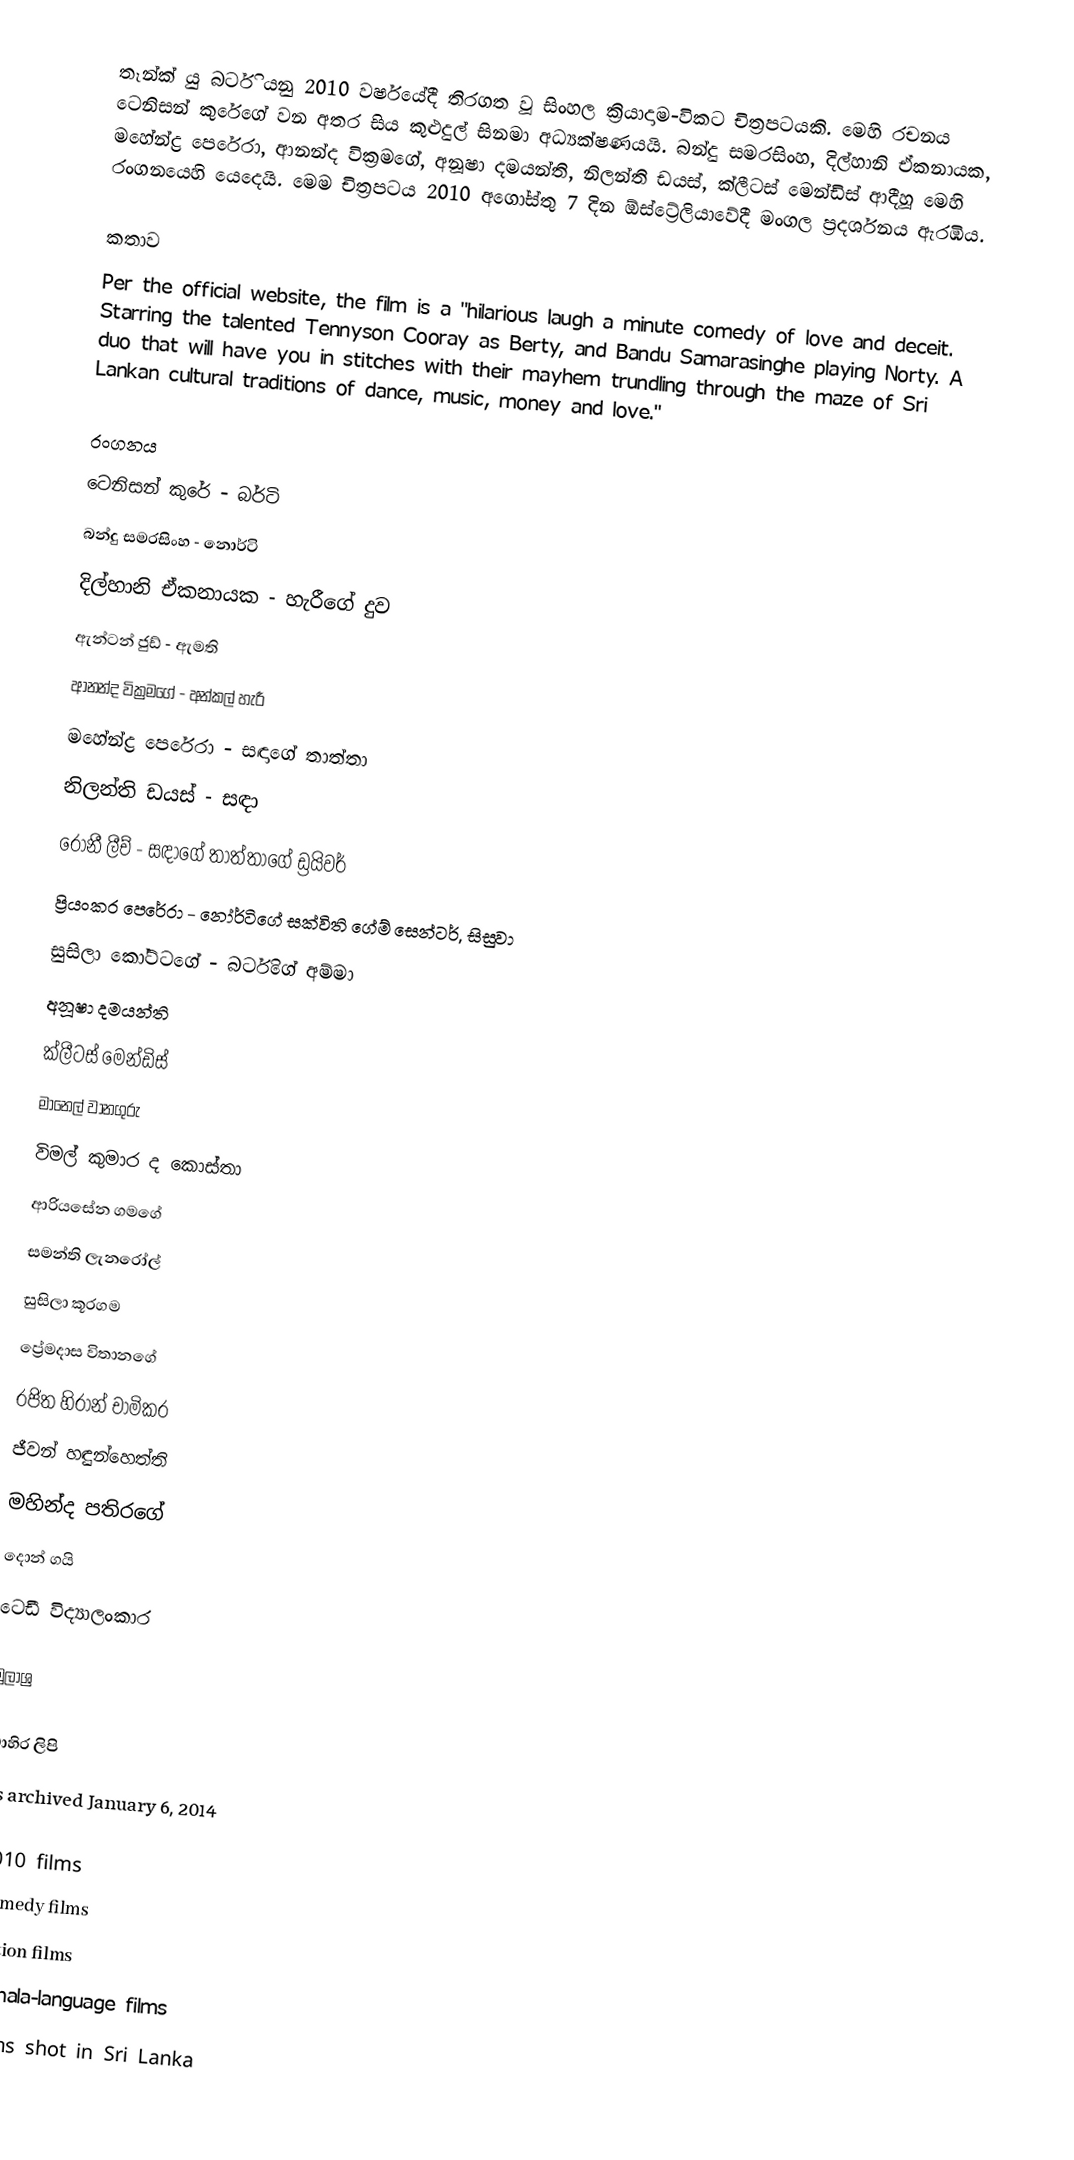
තෑන්ක් යු බර්ටි යනු 2010 වර්ෂයේදී තිරගත වූ සිංහල ක්‍රියාදාම-විකට චිත්‍රපටයකි. මෙහි රචනය ටෙනිසන් කුරේගේ වන අතර සිය කුළුදුල් සිනමා අධ්‍යක්ෂණයයි. බන්දු සමරසිංහ, දිල්හානි ඒකනායක, මහේන්ද්‍ර පෙරේරා, ආනන්ද වික්‍රමගේ, අනූෂා දමයන්ති, නිලන්ති ඩයස්, ක්ලීටස් මෙන්ඩිස් ආදීහූ මෙහි රංගනයෙහි යෙදෙයි. මෙම චිත්‍රපටය 2010 අගෝස්තු 7 දින ඕස්ට්‍රේලියාවේදී මංගල ප්‍රදර්ශනය ඇරඹීය.

කතාව
Per the official website, the film is a "hilarious laugh a minute comedy of love and deceit. Starring the talented Tennyson Cooray as Berty, and Bandu Samarasinghe playing Norty. A duo that will have you in stitches with their mayhem trundling through the maze of Sri Lankan cultural traditions of dance, music, money and love."

රංගනය
 ටෙනිසන් කුරේ - බර්ටි
 බන්දු සමරසිංහ - නොර්ටි
 දිල්හානි ඒකනායක - හැරීගේ දුව
 ඇන්ටන් ජුඩ් - ඇමති
 ආනන්ද වික්‍රමගේ - අන්කල් හැරී
 මහේන්ද්‍ර පෙරේරා - සඳාගේ තාත්තා
 නිලන්ති ඩයස් - සඳා
 රොනී ලීච් - සඳාගේ තාත්තාගේ ඩ්‍රයිවර්
 ප්‍රියංකර පෙරේරා - නෝර්ටිගේ සක්විති ගේම් සෙන්ටර්, සිසුවා
 සුසිලා කෝට්ටගේ - බර්ටිගේ අම්මා
 අනූෂා දමයන්ති
 ක්ලීටස් මෙන්ඩිස්
 මානෙල් වානගුරු
 විමල් කුමාර ද කොස්තා
 ආරියසේන ගමගේ
 සමන්ති ලැනරෝල්
 සුසිලා කූරගම
 ප්‍රේමදාස විතානගේ
 රජිත හිරාන් චාමිකර
 ජීවන් හඳුන්හෙත්ති
 මහින්ද පතිරගේ
 දොන් ගයි
 ටෙඩී විද්‍යාලංකාර

මුලාශ්‍ර

බාහිර ලිපි
  as archived January 6, 2014

2010 films
Comedy films
Action films
Sinhala-language films
Films shot in Sri Lanka